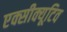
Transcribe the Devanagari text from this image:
एक्सीक्यूटिव